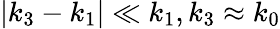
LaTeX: |k_{3}-k_{1}|\ll k_{1},k_{3}\approx k_{0}